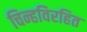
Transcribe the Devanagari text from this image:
चिन्हविरहित